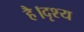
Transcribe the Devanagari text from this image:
है।दृश्य